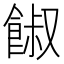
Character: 𩜂